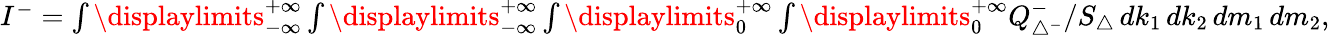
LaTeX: \begin{array}{r}{I^{-}=\int\displaylimits_{-\infty}^{+\infty}\int\displaylimits_{-\infty}^{+\infty}\int\displaylimits_{0}^{+\infty}\int\displaylimits_{0}^{+\infty}Q_{\triangle^{-}}^{-}/S_{\triangle}\, dk_{1}\, dk_{2}\, dm_{1}\, dm_{2},}\end{array}